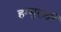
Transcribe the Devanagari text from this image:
हम्मुरावी